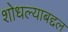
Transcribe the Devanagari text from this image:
शोधल्याबद्दल